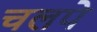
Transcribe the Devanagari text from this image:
चलपे